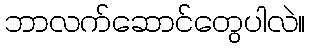
ဘာလက်ဆောင်တွေပါလဲ။